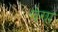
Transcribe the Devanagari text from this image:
ग॓गा